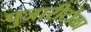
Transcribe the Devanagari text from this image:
पुजारीटोळा